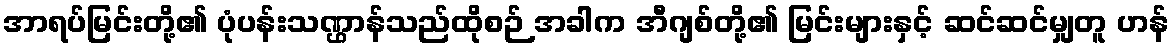
အာရပ်မြင်းတို့၏ ပုံပန်းသဏ္ဌာန်သည်ထိုစဉ် အခါက အီဂျစ်တို့၏ မြင်းများနှင့် ဆင်ဆင်မျှတူ ဟန်